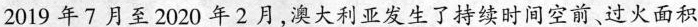
2019年7月至2020年2月，澳大利亚发生了持续时间空前、过火面积